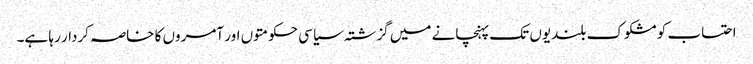
احتساب کو مشکوک بلندیوں تک پہنچانے میں گزشتہ سیاسی حکومتوں اور آمروں کا خاصہ کردار رہا ہے۔